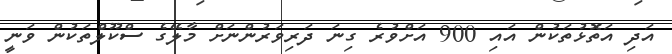
އަދި އަތޮޅުތަކުން އައި 900 އަށްވުރެ ގިނަ ދަރިވަރުންނަށް މާލޭގެ ސްކޫލްތަކުން ވަނީ